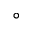
^ { \circ }